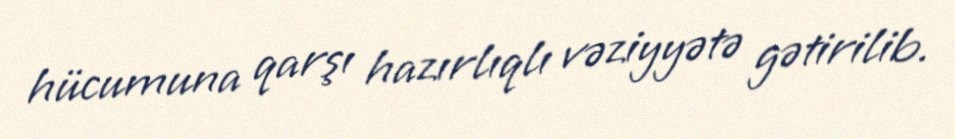
hücumuna qarşı hazırlıqlı vəziyyətə gətirilib.